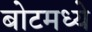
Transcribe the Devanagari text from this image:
बोटमध्ये